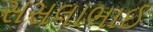
સસલાભાઈ